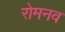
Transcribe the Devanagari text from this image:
रोमनव